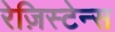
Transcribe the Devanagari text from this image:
रेज़िस्टेन्स